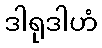
ဒါရုဒါဟံ